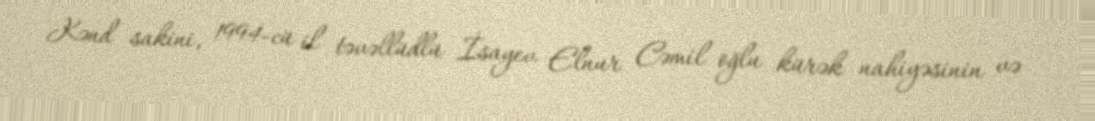
Kənd sakini, 1994-cü il təvəllüdlü İsayev Elnur Cəmil oğlu kürək nahiyəsinin və